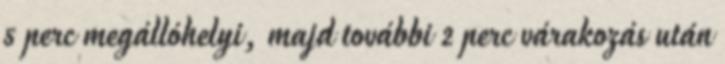
5 perc megállóhelyi, majd további 2 perc várakozás után